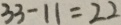
3 3 - 1 1 = 2 2